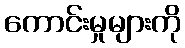
ကောင်းမှုများကို